Annual report on the Civil Veterinary Department, Burma (including the Insein Veterinary School) - 1932-1941
Year: 1932
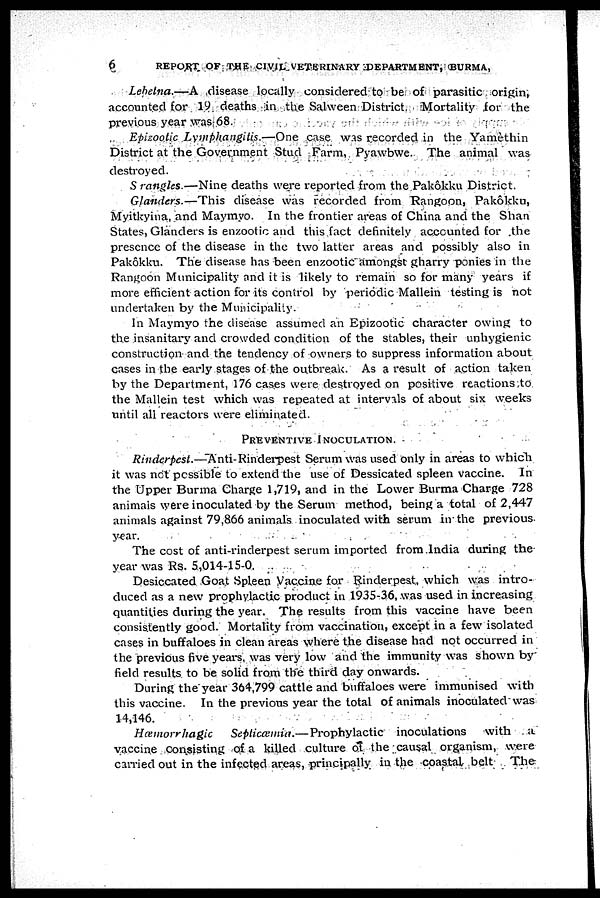
6
REPORT OF THE CIVIL VETERINARY DEPARTMENT, BURMA,
Lebetna.—A
disease locally considered to be of parasitic origin,
accounted for 19 deaths in the Salween District. Mortality for the
previous year was 68.
Epizootic Lymphangitis.—One
case was recorded in the Yamèthin
District at the Government Stud Farm, Pyawbwe. The animal was
destroyed.
S rangles.—Nine
deaths were reported from the Pakôkku District.
Glanders.—This
disease was recorded from Rangoon, Pakôkku,
Myitkyina, and Maymyo. In the frontier areas of China and the Shan
States, Glanders is enzootic and this fact definitely accounted for the
presence of the disease in the two latter areas and possibly also in
Pakôkku. The disease has been enzootic amongst gharry ponies in the
Rangoon Municipality and it is likely to remain so for many years if
more efficient action for its control by periodic Mallein testing is not
undertaken by the Municipality.
In Maymyo the disease assumed an Epizootic character owing to
the insanitary and crowded condition of the stables, their unhygienic
construction and the tendency of owners to suppress information about
cases in the early stages of the outbreak. As a result of action taken
by the Department, 176 cases were destroyed on positive reactions to
the Mallein test which was repeated at intervals of about six weeks
until all reactors were eliminated.
PREVENTIVE
INOCULATION.
Rinderpest.—Anti-Rinderpest
Serum was used only in areas to which
it was not possible to extend the use of Dessicated spleen vaccine. In
the Upper Burma Charge 1,719, and in the Lower Burma Charge 728
animals were inoculated by the Serum method, being a total of 2,447
animals against 79,866 animals inoculated with serum in the previous
year.
The cost of anti-rinderpest serum imported from India during the
year was Rs. 5,014-15-0.
Desiccated Goat Spleen Vaccine for Rinderpest, which was intro-
duced as a new prophylactic product in 1935-36, was used in increasing
quantities during the year. The results from this vaccine have been
consistently good. Mortality from vaccination, except in a few isolated
cases in buffaloes in clean areas where the disease had not occurred in
the previous five years, was very low and the immunity was shown by
field results to be solid from the third day onwards.
During the year 364,799 cattle and buffaloes were immunised with
this vaccine. In the previous year the total of animals inoculated was
14,146.
Hæmorrhagic
Septiæmia.—Prophylactic
inoculations
with
a
vaccine consisting of a killed culture of the causal organism, were
carried out in the infected areas, principally in the coastal belt
The